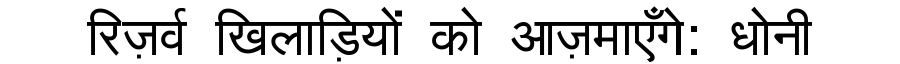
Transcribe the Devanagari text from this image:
रिज़र्व खिलाड़ियों को आज़माएँगे: धोनी